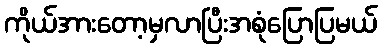
ကိုယ်အားတော့မှလာပြီးအစုံပြောပြမယ်